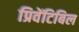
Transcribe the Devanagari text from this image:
प्रिवेंटिबिल